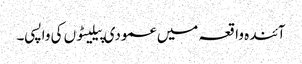
آئندہ واقعہ میں عمودی پیلیٹوں کی واپسی۔